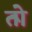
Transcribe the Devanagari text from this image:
तोे